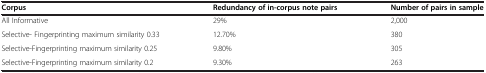
<table><thead><tr><td><b>Corpus</b></td><td><b>Redundancy of in-corpus note pairs</b></td><td><b>Number of pairs in sample</b></td></tr></thead><tbody><tr><td>All Informative</td><td>29%</td><td>2,000</td></tr><tr><td>Selective- Fingerprinting maximum similarity 0.33</td><td>12.70%</td><td>380</td></tr><tr><td>Selective-Fingerprinting maximum similarity 0.25</td><td>9.80%</td><td>305</td></tr><tr><td>Selective-Fingerprinting maximum similarity 0.2</td><td>9.30%</td><td>263</td></tr></tbody></table>